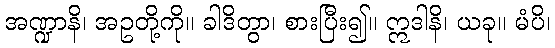
အဏ္ဍာနိ၊ အဥတို့ကို။ ခါဒိတွာ၊ စားပြီး၍။ ဣဒါနိ၊ ယခု။ မံပိ၊